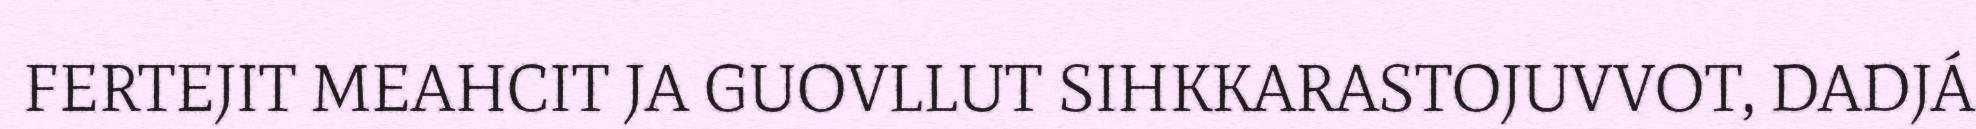
FERTEJIT MEAHCIT JA GUOVLLUT SIHKKARASTOJUVVOT, DADJÁ